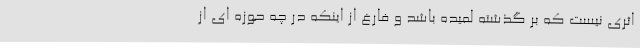
اثری نیست که بر گذشته لمیده باشد و فارغ از اینکه در چه حوزه ای از